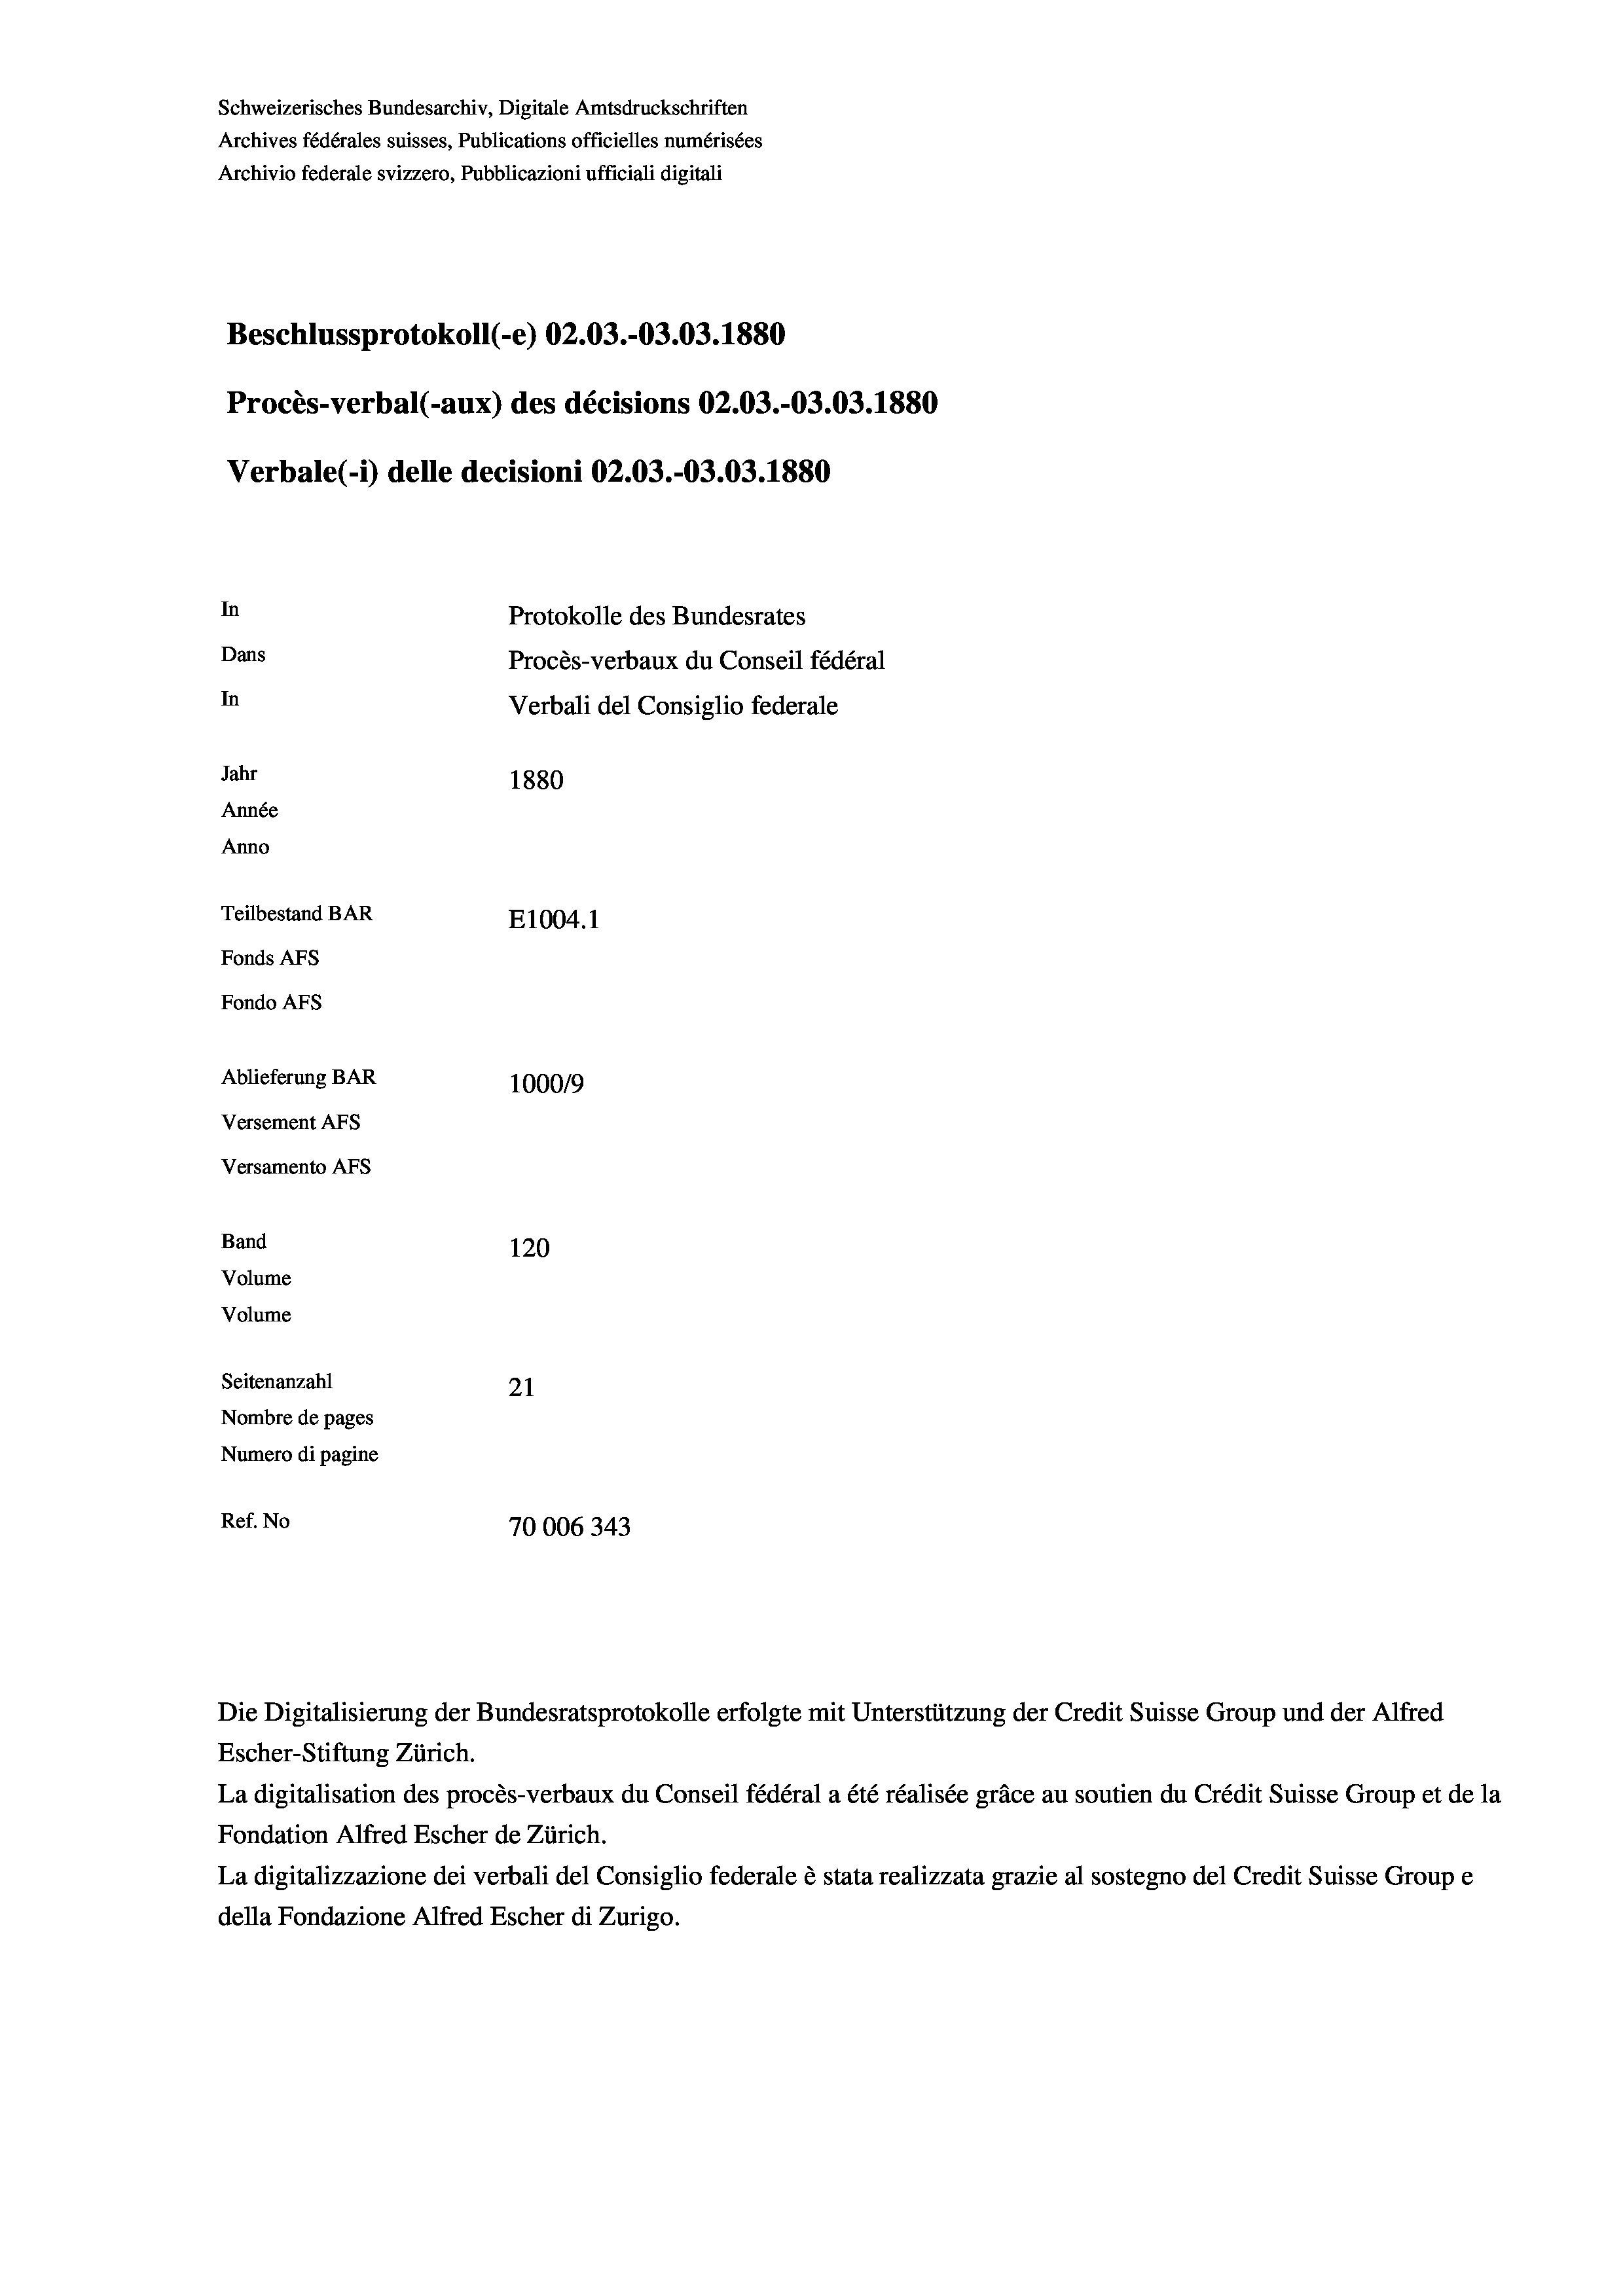
Schweizerisches Bundesarchiv, Digitale Amtsdruckschriften
Archives fédérales suisses, Publications officielles numérisées
Archivio federale svizzero, Pubblicazioni ufficiali digitali
Beschlussprotokoll (-e) 02.03.-03.03. 1880
Procès-verbal (-aux) des décisions 02.03.-03.03. 1880
Verbale(-*) delle decisioni 02.03.-03.03. 1880
In
Protokolle des Bundesrates
Dans
Procès-verbaux du Conseil fédéral
In
Verbali del Consiglio federale
Jahr
1880
Année
Anno
Teilbestand BAR
E1004.1
Fonds AFs
Fondo Afs
Ablieferung BAR
100019
Versement AFs
Versamento Afs

Band
Volume
Volume

120
Seitenanzahl
21
Nombre de pages
Numero di pagine
Ref. No
70006343

Die Digitalisierung der Bundesratsprotokolle erfolgte mit Unterstützung der Credit Suisse Group und der Alfred
Escher-Stiftung Zürich.
La digitalisation des procès-verbaux du Conseil fédéral a été réalisée gräce au soutien du Crédit Suisse Group et de la
Fondation Alfred Escher de Zürich.
La digitalizzazione dei verbali del Consiglio federale è stata realizzata grazie al sostegno del Credit Suisse Groupe
della Fondazione Alfred Escher di Zurigo.